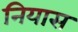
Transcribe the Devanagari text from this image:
नियास